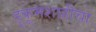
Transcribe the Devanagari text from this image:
हुकूमशाहीचा